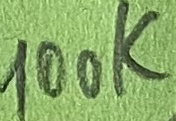
Text: 100K